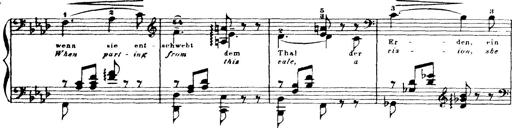
Title: Wagner-Liszt Album
Composer: Franz Liszt